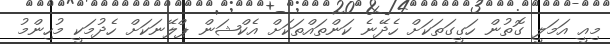
މިއީ އަމަލީ ގޮތުން ހަގީގަތަކަށް ހެދޭނެ ކަންތައްތަކަށް އެކްޝަން ޕްލޭނަކަށް ހެދުމަކީ މުހިންމު